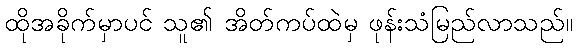
ထိုအခိုက်မှာပင် သူ၏ အိတ်ကပ်ထဲမှ ဖုန်းသံမြည်လာသည်။